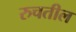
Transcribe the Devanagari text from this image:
रुचतील